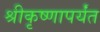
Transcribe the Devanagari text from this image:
श्रीकृष्णापर्यंत